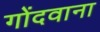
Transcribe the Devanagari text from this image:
गोंदवाना